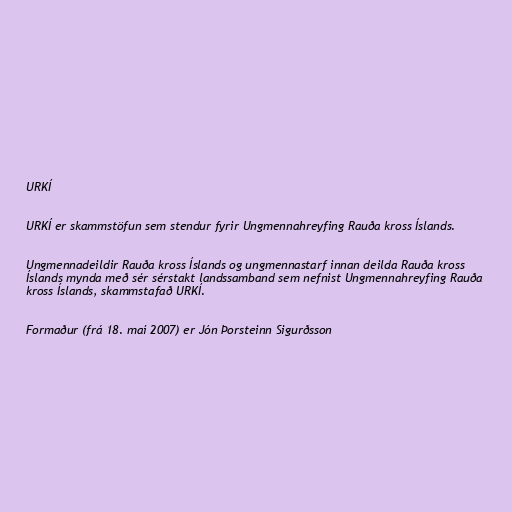
URKÍ

URKÍ er skammstöfun sem stendur fyrir Ungmennahreyfing Rauða kross Íslands.

Ungmennadeildir Rauða kross Íslands og ungmennastarf innan deilda Rauða kross
Íslands mynda með sér sérstakt landssamband sem nefnist Ungmennahreyfing Rauða
kross Íslands, skammstafað URKÍ.

Formaður (frá 18. maí 2007) er Jón Þorsteinn Sigurðsson